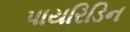
પાયરિડિન